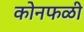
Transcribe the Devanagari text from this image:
कोनफळी